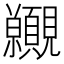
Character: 𧢪